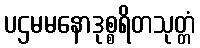
ပဌမမနောဒုစ္စရိတသုတ္တံ